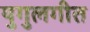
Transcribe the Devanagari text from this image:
युगुलगीत